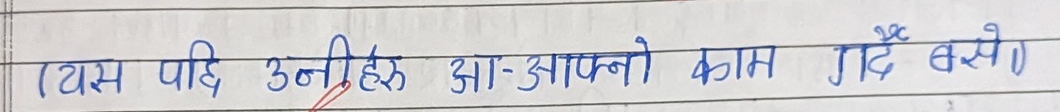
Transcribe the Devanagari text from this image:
(यस पछि उनीहरू आ-आफ्नो काम गर्दै बसे।)